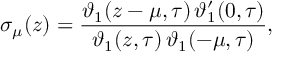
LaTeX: \sigma _ { \mu } ( z ) = \frac { \vartheta _ { 1 } ( z - \mu , \tau ) \, \vartheta _ { 1 } ^ { \prime } ( 0 , \tau ) } { \vartheta _ { 1 } ( z , \tau ) \, \vartheta _ { 1 } ( - \mu , \tau ) } ,